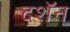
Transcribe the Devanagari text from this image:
दशॅन